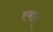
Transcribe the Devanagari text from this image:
एबाद